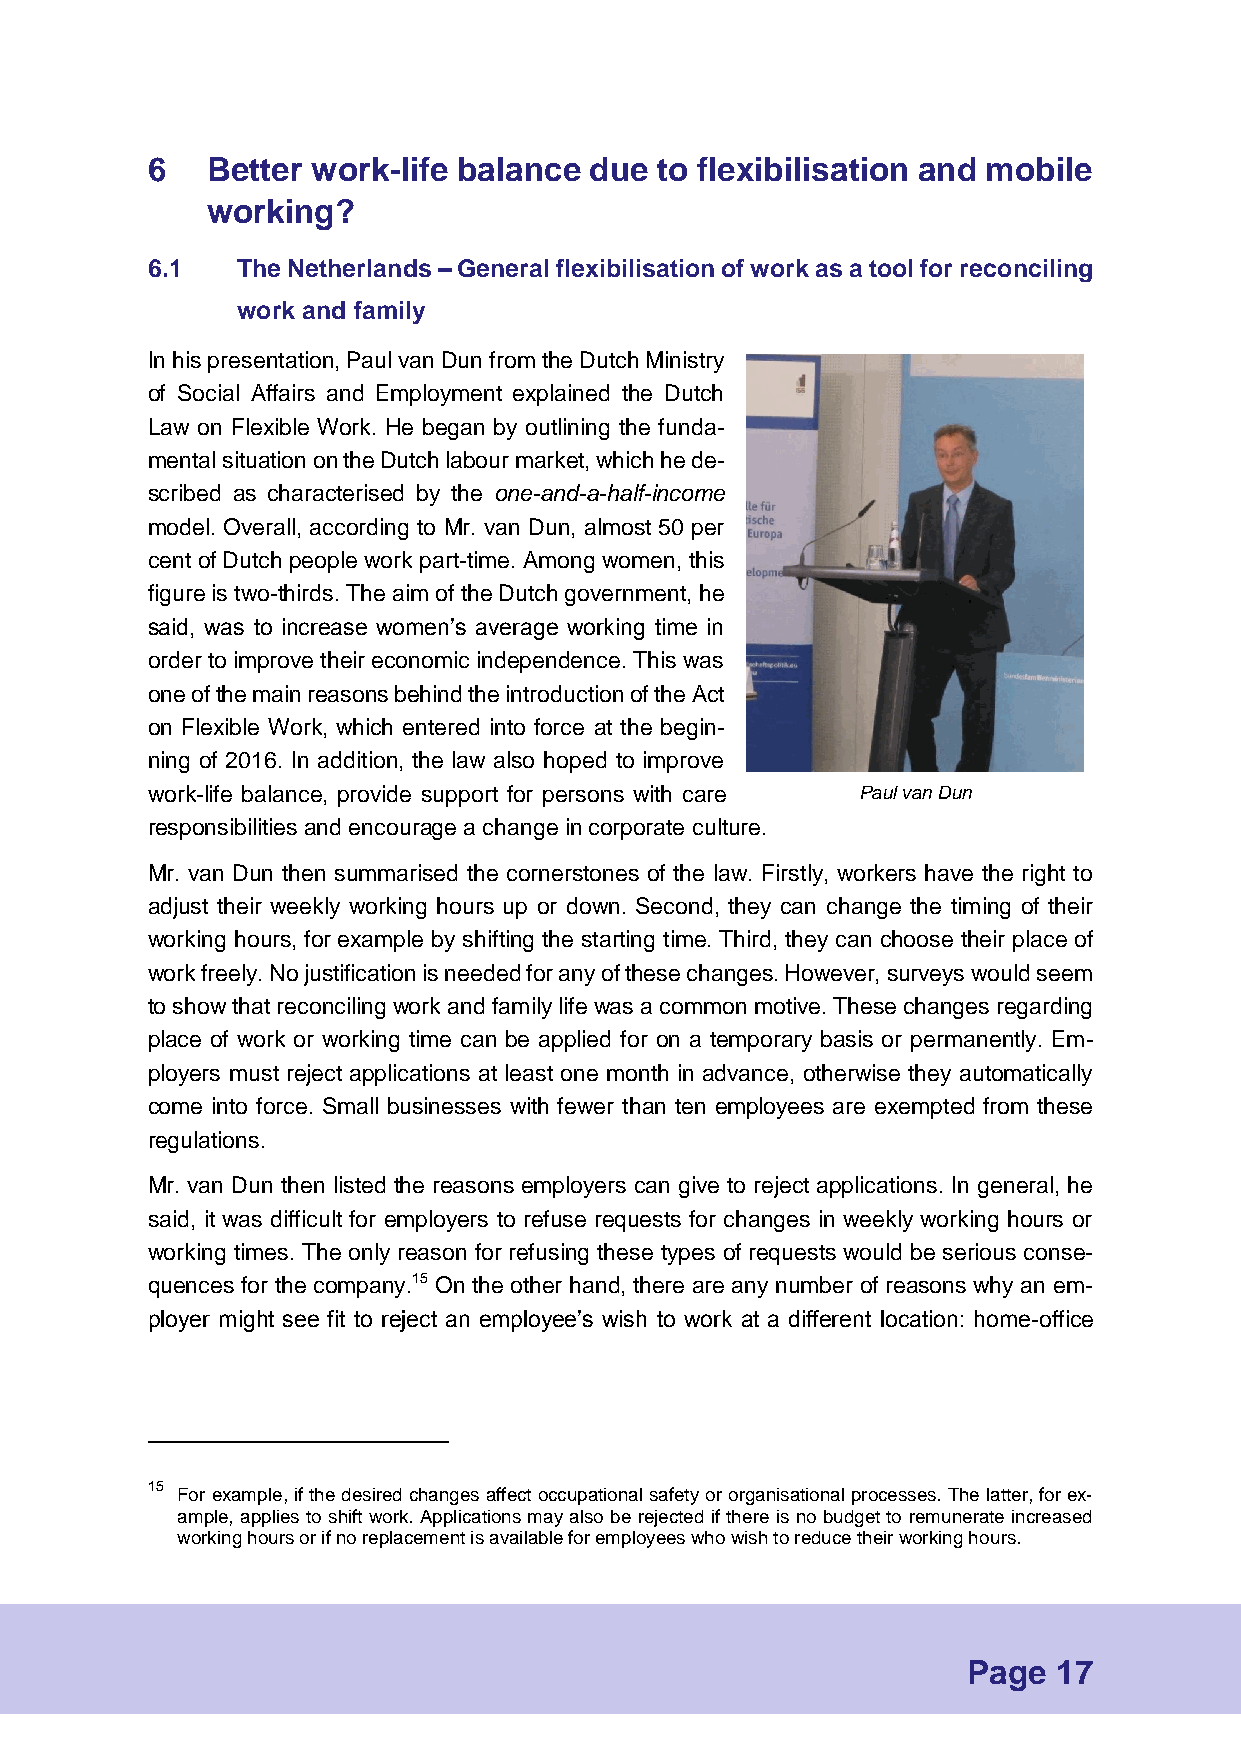
6   Better work-life balance due to flexibilisation and mobile
 working?
 6.1   The Netherlands – General flexibilisation of work as a tool for reconciling
 work and family
 In his presentation, Paul van Dun from the Dutch Ministry
 of Social Affairs and Employment explained the Dutch
 Law on Flexible Work. He began by outlining the funda-
 mental situation on the Dutch labour market, which he de-
 scribed as characterised by the one-and-a-half-income
 model. Overall, according to Mr. van Dun, almost 50 per
 cent of Dutch people work part-time. Among women, this
 figure is two-thirds. The aim of the Dutch government, he
 said, was to increase women’s average working time in
 order to improve their economic independence. This was
 one of the main reasons behind the introduction of the Act
 on Flexible Work, which entered into force at the begin-
 ning of 2016. In addition, the law also hoped to improve
 work-life balance, provide support for persons with care Paul van Dun
 responsibilities and encourage a change in corporate culture.
 Mr. van Dun then summarised the cornerstones of the law. Firstly, workers have the right to
 adjust their weekly working hours up or down. Second, they can change the timing of their
 working hours, for example by shifting the starting time. Third, they can choose their place of
 work freely. No justification is needed for any of these changes. However, surveys would seem
 to show that reconciling work and family life was a common motive. These changes regarding
 place of work or working time can be applied for on a temporary basis or permanently. Em-
 ployers must reject applications at least one month in advance, otherwise they automatically
 come into force. Small businesses with fewer than ten employees are exempted from these
 regulations.
 Mr. van Dun then listed the reasons employers can give to reject applications. In general, he
 said, it was difficult for employers to refuse requests for changes in weekly working hours or
 working times. The only reason for refusing these types of requests would be serious conse-
 quences for the company.15 On the other hand, there are any number of reasons why an em-
 ployer might see fit to reject an employee’s wish to work at a different location: home-office
 15
 For example, if the desired changes affect occupational safety or organisational processes. The latter, for ex-
 ample, applies to shift work. Applications may also be rejected if there is no budget to remunerate increased
 working hours or if no replacement is available for employees who wish to reduce their working hours.
 Page  17